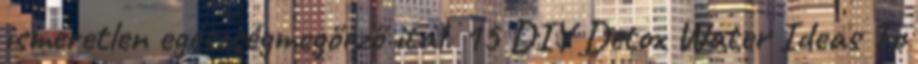
ismeretlen egészségmegőrző ital. 15 DIY Detox Water Ideas To